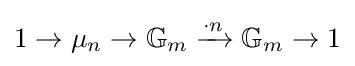
1\to \mu _{n}\to \mathbb {G} _{m}\xrightarrow {\cdot n} \mathbb {G} _{m}\to 1